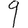
Digit: 9